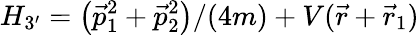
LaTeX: {H_{3^{\prime}}=\big(\vec{p}_{1}^{2}+\vec{p}_{2}^{2}\big)/(4m)+V(\vec{r}+\vec{r}_{1})}